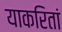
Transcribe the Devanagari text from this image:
याकरितां